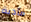
مأدبة